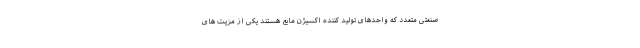
صنعتی متعدد که واحدهای تولید کننده اکسیژن مایع هستند یکی از مزیت های